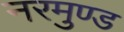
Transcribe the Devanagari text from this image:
नरमुण्ड